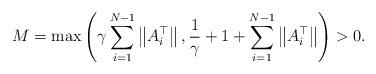
LaTeX: \begin{align*}M = \max\left( \gamma\sum\limits_{i=1}^{N-1}\left\| A_i^\top \right\|, \frac{1}{\gamma}+1+\sum\limits_{i=1}^{N-1} \left\| A_i^\top \right\|\right)>0.\end{align*}